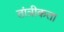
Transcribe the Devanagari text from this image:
तांत्रीकता